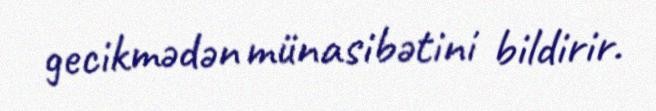
gecikmədən münasibətini bildirir.